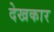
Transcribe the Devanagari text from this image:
देखकार